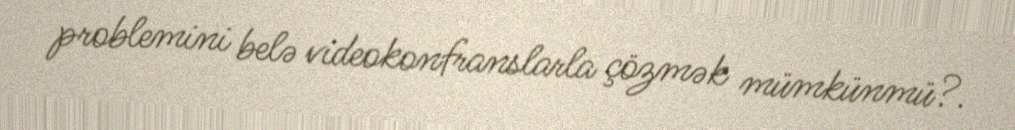
problemini belə videokonfranslarla çözmək mümkünmü?.